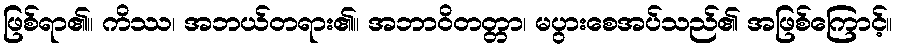
ဖြစ်ရာ၏။ ကိဿ၊ အဘယ်တရား၏။ အဘာဝိတတ္တာ၊ မပွားစေအပ်သည်၏ အဖြစ်ကြောင့်။